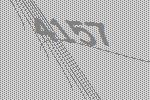
4157